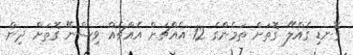
ގޮނޑި ގެއްލޭ ގޮތަށް ތަމެންގެ 12 އެއްޗަށް އެއްޗެއް ވިސްނޭ ގޮތަށް ދިން